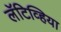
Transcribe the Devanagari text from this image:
लॅटिव्हिया